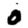
Digit: 0